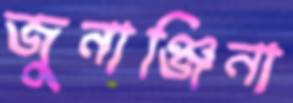
জুনাঞ্জিনা